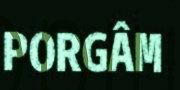
PORGÂM